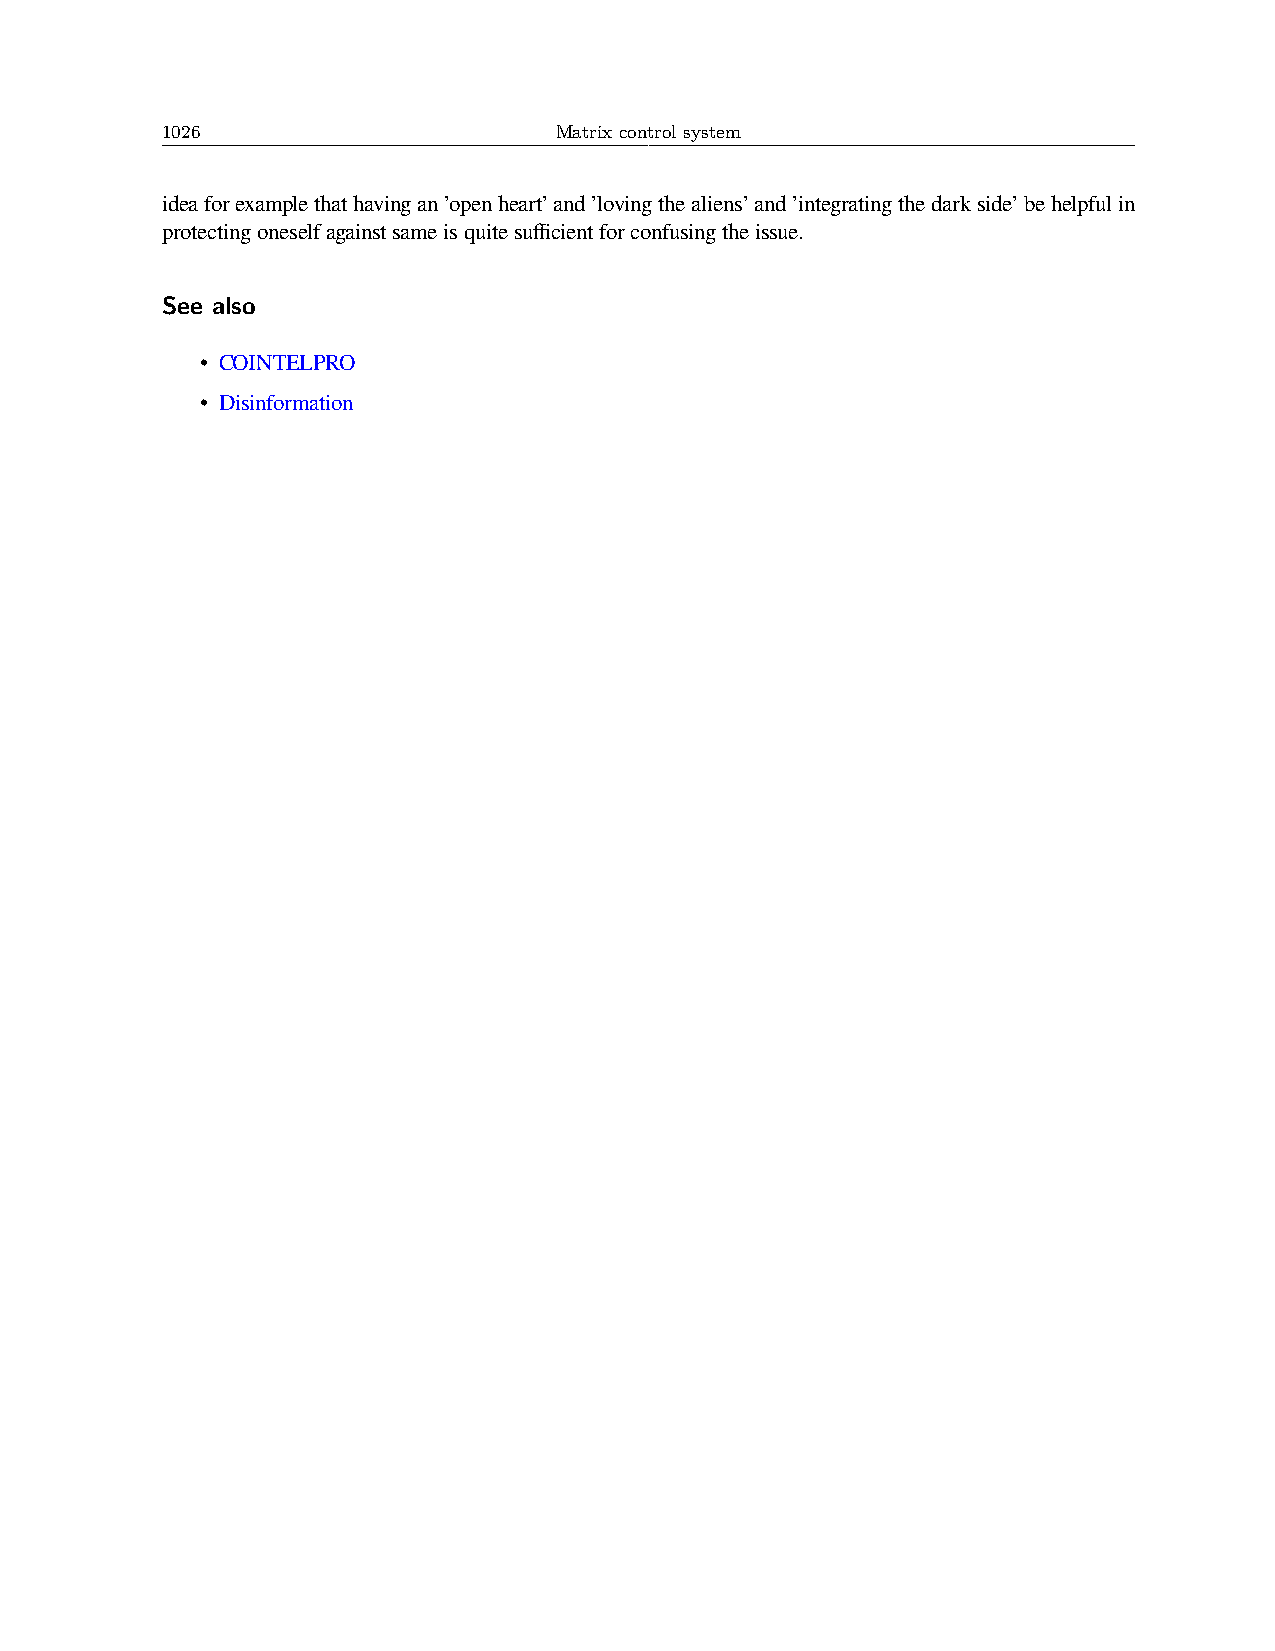
1026                      Matrix control system
 ideaforexamplethathavingan’openheart’and’lovingthealiens’and’integratingthedarkside’behelpfulin
 protectingoneselfagainstsameisquitesufficientforconfusingtheissue.
 See also
 • COINTELPRO
 • Disinformation